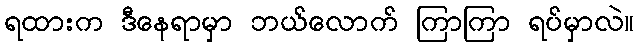
ရထားက ဒီနေရာမှာ ဘယ်လောက် ကြာကြာ ရပ်မှာလဲ။